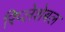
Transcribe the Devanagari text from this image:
रिप्लेशेबल